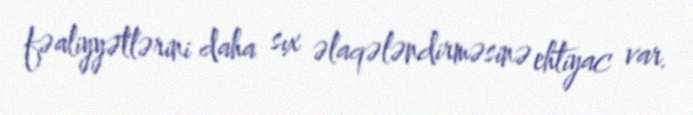
fəaliyyətlərini daha sıx əlaqələndirməsinə ehtiyac var.